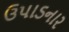
ઉપાડનાર